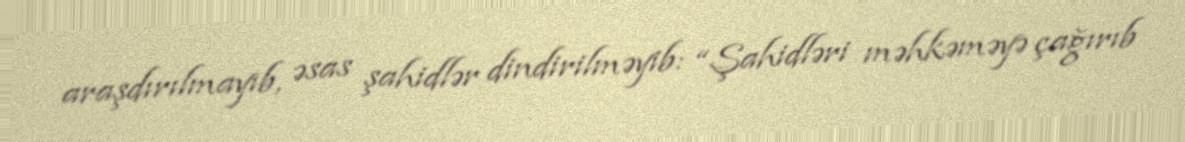
araşdırılmayıb, əsas şahidlər dindirilməyib: “Şahidləri məhkəməyə çağırıb